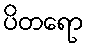
ပိတရော